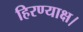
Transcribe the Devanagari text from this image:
हिरण्याक्ष।